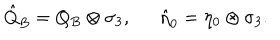
LaTeX: { \hat { Q } } _ { B } = Q _ { B } \otimes \sigma _ { 3 } , \, \, \, \, \, \, \, \, \, { \hat { \eta } } _ { 0 } = \eta _ { 0 } \otimes \sigma _ { 3 } .